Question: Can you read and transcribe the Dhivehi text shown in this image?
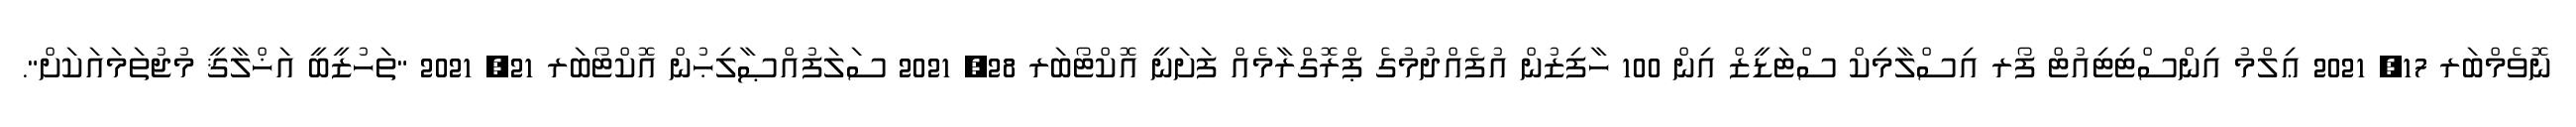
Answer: ނޮވެމްބަރ 17, 2021 ޢިލްމު އިންސްޓިޓިއުޓް ފޯރ އިސްލާމިކް ސްޓަޑީޒް އިން 100 ހާފިޒުން އުފެއްދުމުގެ ޕްރޮގްރާމެއް ފަށަނީ އޮކްޓޯބަރ 28, 2021 ސަލަފުއްޞާލިޙުން އޮކްޓޯބަރ 21, 2021 "ތަހުޒީބީ އަޚްލާޤީ މުޖުތަމައަކަށް".